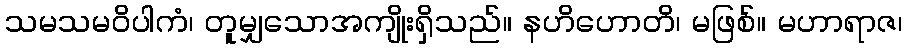
သမသမဝိပါကံ၊ တူမျှသောအကျိုးရှိသည်။ နဟိဟောတိ၊ မဖြစ်။ မဟာရာဇ၊